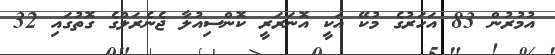
އުމުރުން 83 އަހަރުގެ މުކޭ އަކީ އޮނަރަރީ ކޮންސިއުލާ ޖެނެރަލްގެ ގޮތުގައި 32